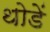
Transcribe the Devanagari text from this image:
थोडें